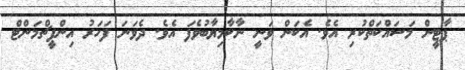
ޕާޓީން މަސައްކަތްކުރި އެވެ. އެކަން ވަނީ ނާކާމިޔާބުވެފަ އެވެ. ދެވަނަ ފަހަރު އިންޕީޗްމަންޓް